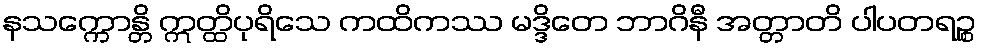
နသက္ကောန္တိ ဣတ္ထိပုရိသေ ကထိကဿ မဒ္ဒိတေ ဘာဂိနီ အတ္တာတိ ပါပတရဉ္စ